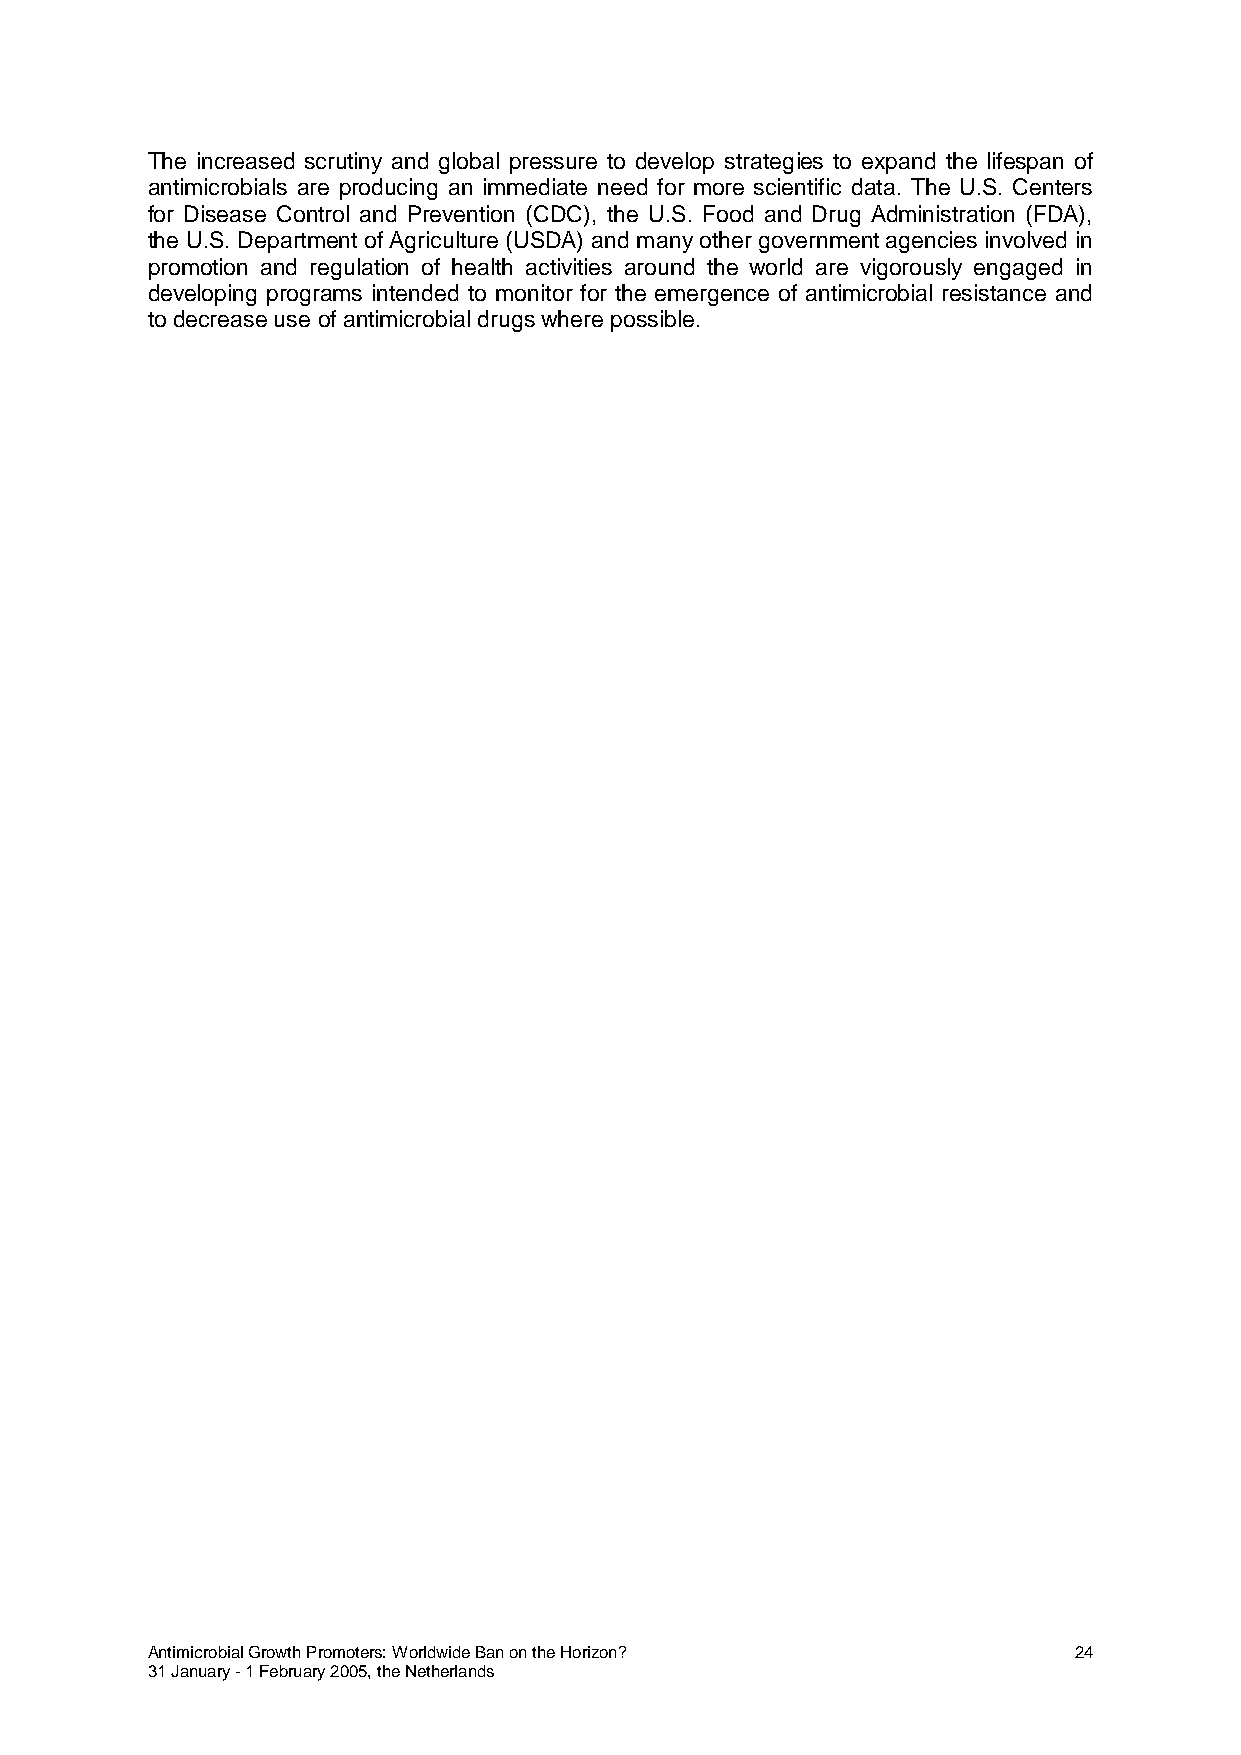
The increased scrutiny and global pressure to develop strategies to expand the lifespan of
 antimicrobials are producing an immediate need for more scientific data. The U.S. Centers
 for Disease Control and Prevention (CDC), the U.S. Food and Drug Administration (FDA),
 the U.S. Department of Agriculture (USDA) and many other government agencies involved in
 promotion and regulation of health activities around the world are vigorously engaged in
 developing programs intended to monitor for the emergence of antimicrobial resistance and
 to decrease use of antimicrobial drugs where possible.
 Antimicrobial Growth Promoters: Worldwide Ban on the Horizon? 24
 31 January - 1 February 2005, the Netherlands